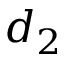
d _ { 2 }